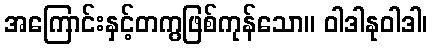
အကြောင်းနှင့်တကွဖြစ်ကုန်သော။ ဝါဒါနုဝါဒါ၊